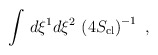
\begin{align*}\int \, d \xi^1 d \xi^2\, \left( 4 S_{\rm cl} \right)^{-1}\ ,\end{align*}